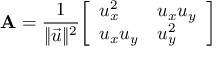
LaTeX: \mathbf { A } = { \frac { 1 } { \lVert { \vec { u } } \rVert ^ { 2 } } } { \left[ \begin{array} { l l } { u _ { x } ^ { 2 } } & { u _ { x } u _ { y } } \\ { u _ { x } u _ { y } } & { u _ { y } ^ { 2 } } \end{array} \right] }